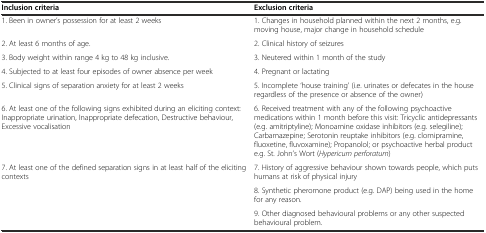
| Inclusion criteria | Exclusion criteria |
 | --- | --- |
 | 1. Been in owner’s possession for at least 2 weeks | 1. Changes in household planned within the next 2 months, e.g. moving house, major change in household schedule |
 | 2. At least 6 months of age. | 2. Clinical history of seizures |
 | 3. Body weight within range 4 kg to 48 kg inclusive. | 3. Neutered within 1 month of the study |
 | 4. Subjected to at least four episodes of owner absence per week | 4. Pregnant or lactating |
 | 5. Clinical signs of separation anxiety for at least 2 weeks | 5. Incomplete ‘house training’ (i.e. urinates or defecates in the house regardless of the presence or absence of the owner) |
 | 6. At least one of the following signs exhibited during an eliciting context: Inappropriate urination, Inappropriate defecation, Destructive behaviour, Excessive vocalisation | 6. Received treatment with any of the following psychoactive medications within 1 month before this visit: Tricyclic antidepressants (e.g. amitriptyline); Monoamine oxidase inhibitors (e.g. selegiline); Carbamazepine; Serotonin reuptake inhibitors (e.g. clomipramine, fluoxetine, fluvoxamine); Propanolol; or psychoactive herbal product e.g. St. John’s Wort (Hypericum perforatum) |
 | 7. At least one of the defined separation signs in at least half of the eliciting contexts | 7. History of aggressive behaviour shown towards people, which puts humans at risk of physical injury |
 |  | 8. Synthetic pheromone product (e.g. DAP) being used in the home for any reason. |
 |  | 9. Other diagnosed behavioural problems or any other suspected behavioural problem. |